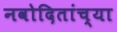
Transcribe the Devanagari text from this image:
नवोदितांच्या